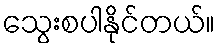
သွေးစပါနိုင်တယ်။